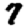
Digit: 7